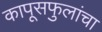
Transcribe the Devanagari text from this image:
कापूसफुलांचा